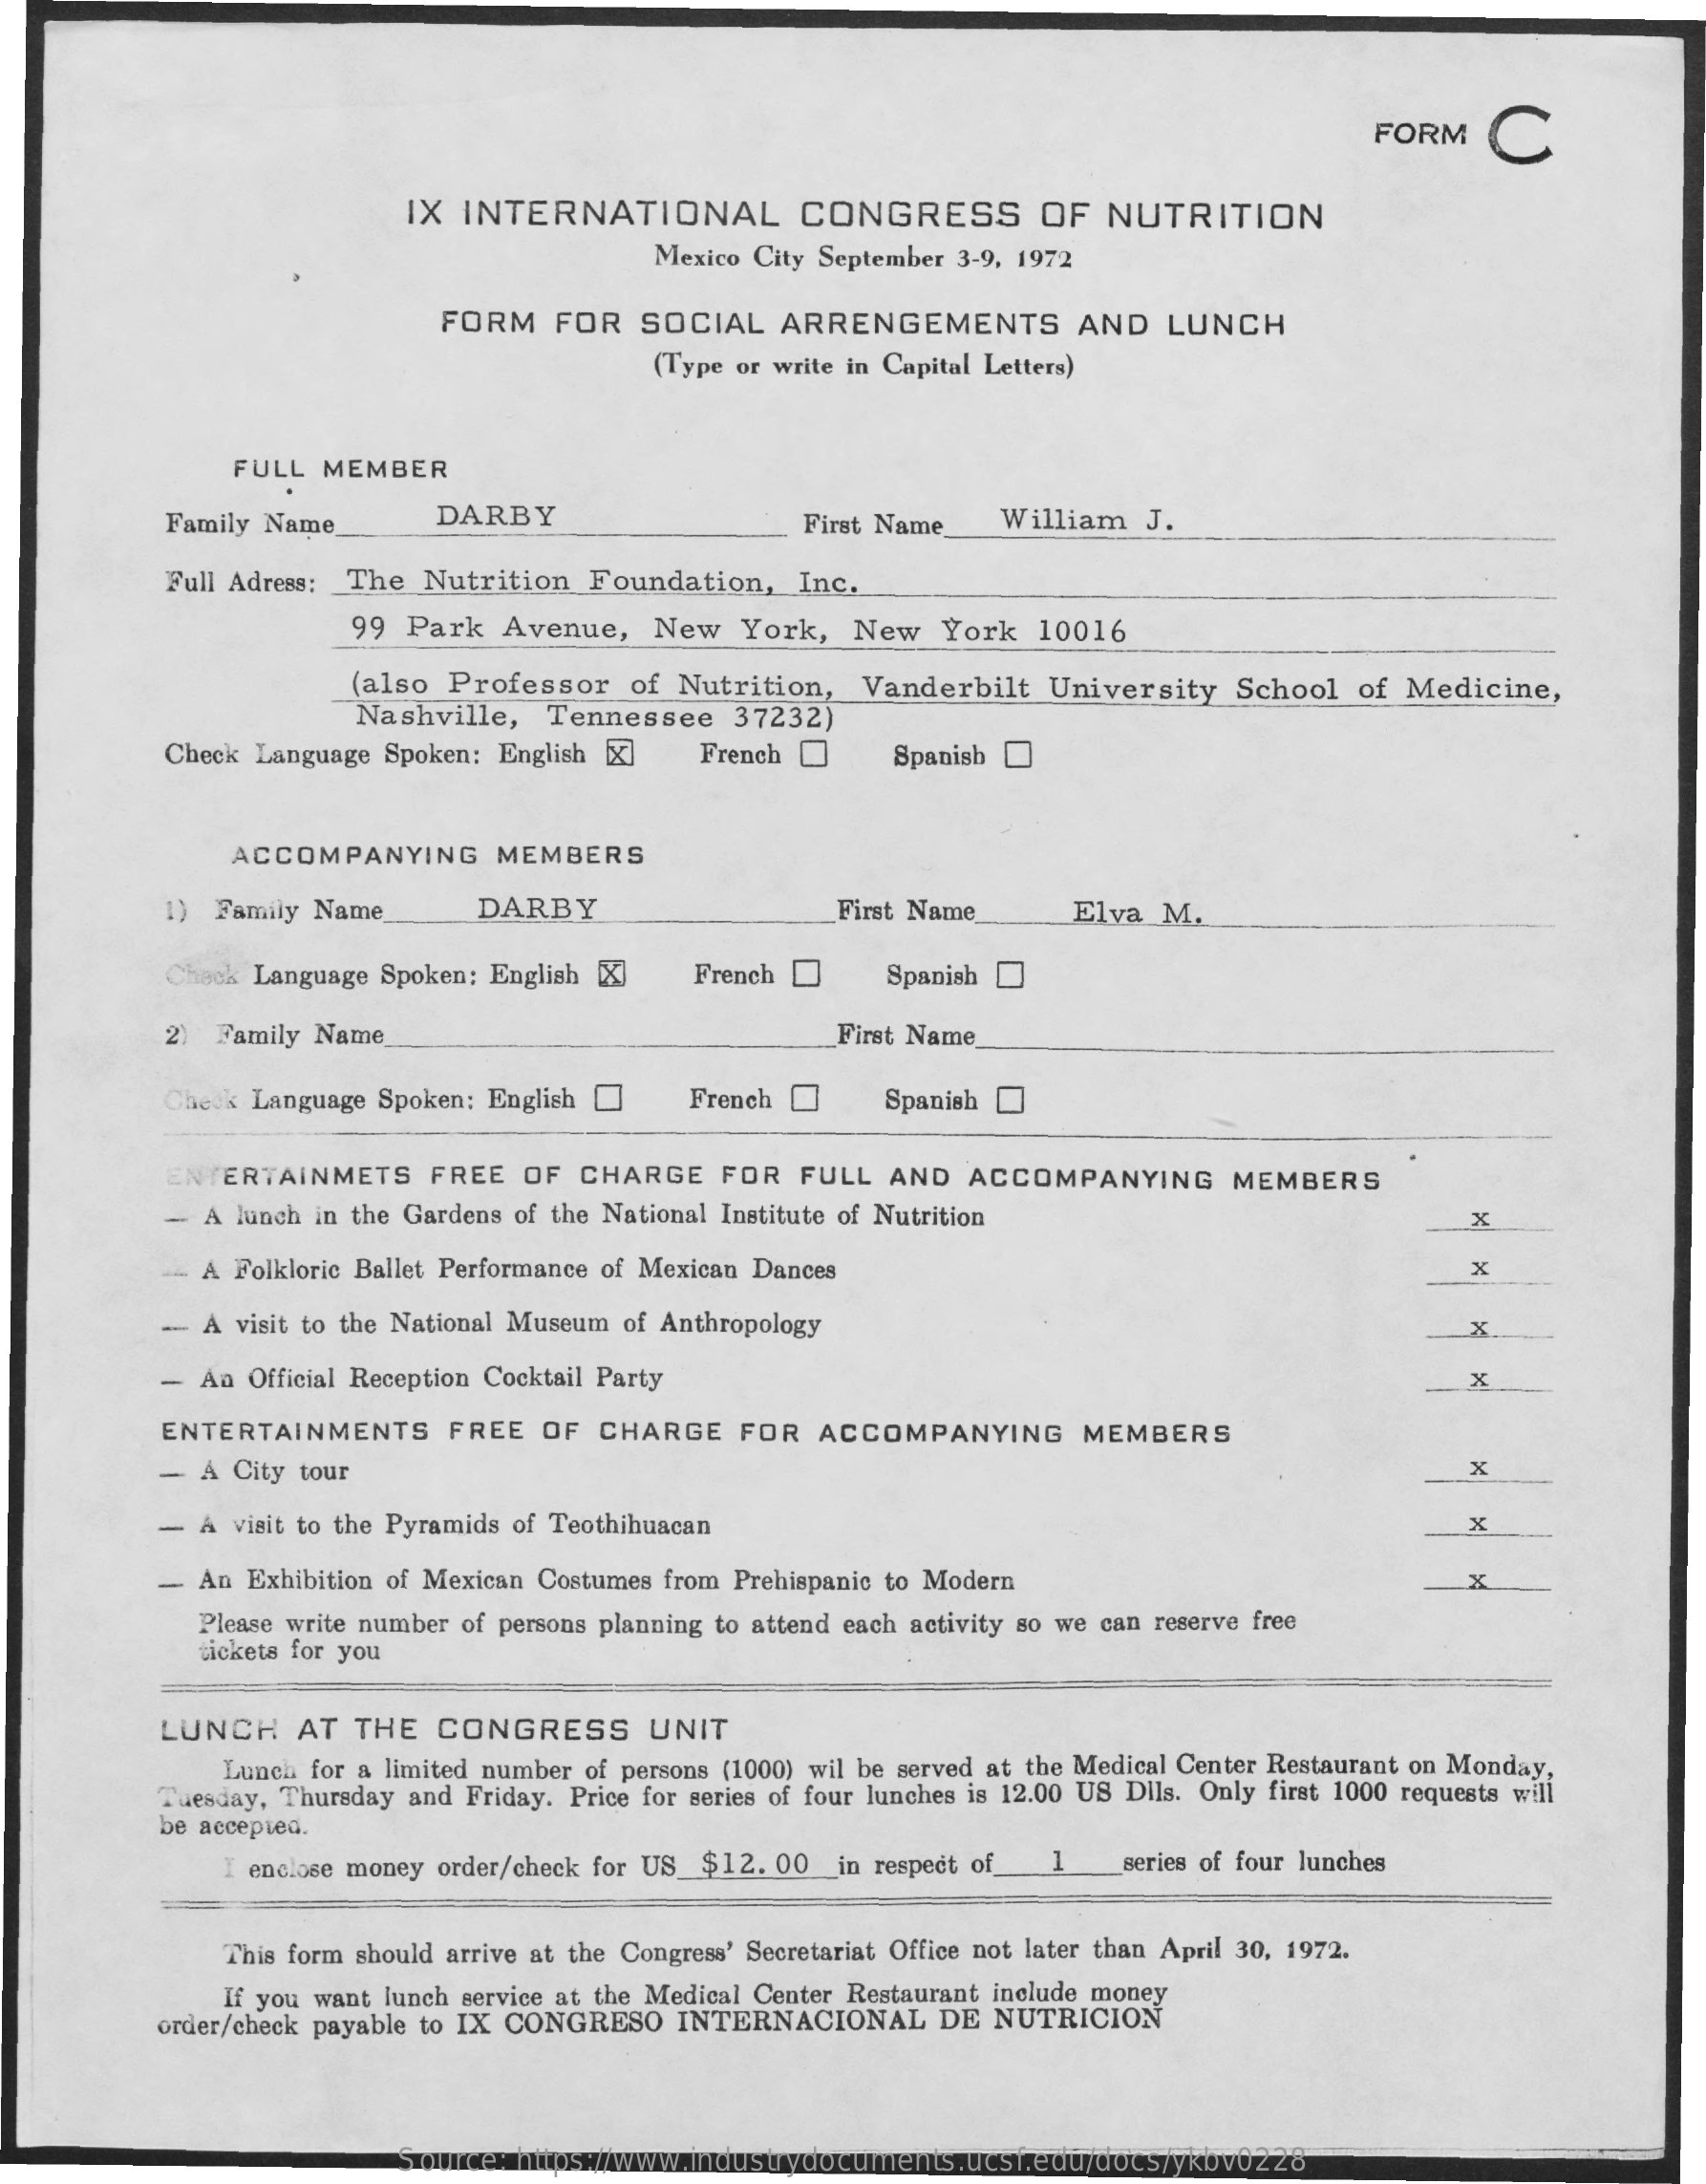
FORM    C
     IX INTERNATIONAL    CONGRESS    OF   NUTRITION
     Mexico City September 3-9, 1972
     FORM   FOR   SOCIAL   ARRENGEMENTS    AND  LUNCH
     (Type or write in Capital Letters)
     FULL MEMBER
     Family Name    DARBY    First Name   William  J.
     Full Adress: The Nutrition  Foundation,   Inc.
     99  Park  Avenue,   New   York,  New   York  10016
     (also Professor   of  Nutrition,  Vanderbilt  University  School  of Medicine,
     Nashville,  Tennessee   37232)
     Check Language Spoken: English []  French    Spanish
     ACCOMPANYING    MEMBERS
     1) Family Name    DARBY    First Name    Elva M.
     Chack Language Spoken: English [X] French    Spanish
     2) Family Name    First Name
     Check Language Spoken: English ]  French    Spanish
     ENTERTAINMETS    FREE  OF  CHARGE   FOR  FULL  AND   ACCOMPANYING    MEMBERS
     - A lunch in the Gardens of the National Institute of Nutrition    X
     -- A Folkloric Ballet Performance of Mexican Dances    X
     -- A visit to the National Museum of Anthropology    X
     - An Official Reception Cocktail Party    x
     ENTERTAINMENTS    FREE   OF CHARGE    FOR  ACCOMPANYING    MEMBERS
     - A City tour    x
     - A visit to the Pyramids of Teothihuacan    x
     - An Exhibition of Mexican Costumes from Prehispanic to Modern    X
     Please write number of persons planning to attend each activity so we can reserve free
     tickets for you
     LUNCH   AT  THE   CONGRESS    UNIT
     Lunch for a limited number of persons (1000) wil be served at the Medical Center Restaurant on Monday,
     be accepted.
     Tuesday, Thursday and Friday. Price for series of four lunches is 12.00 US Dils. Only first 1000 requests will
     I enclose money order/check for US_$12. 00_in respect of_ 1 series of four lunches
     This form should arrive at the Congress' Secretariat Office not later than April 30, 1972.
     If you want lunch service at the Medical Center Restaurant include money
     order/check payable to IX CONGRESO INTERNACIONAL   DE NUTRICION
     Source: https://www.industrydocuments.ucsf.edu/docs/ykbv0228